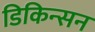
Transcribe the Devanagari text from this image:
डिकिन्‍सन